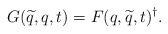
LaTeX: \begin{align*}G(\widetilde{q},q,t)=F(q,\widetilde{q},t)^\dagger.\end{align*}